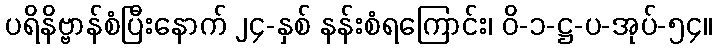
ပရိနိဗ္ဗာန်စံပြီးနောက် ၂၄-နှစ် နန်းစံရကြောင်း၊ ဝိ-၁-ဋ္ဌ-ပ-အုပ်-၅၄။